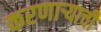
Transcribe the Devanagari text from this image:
करणाऱ्याची